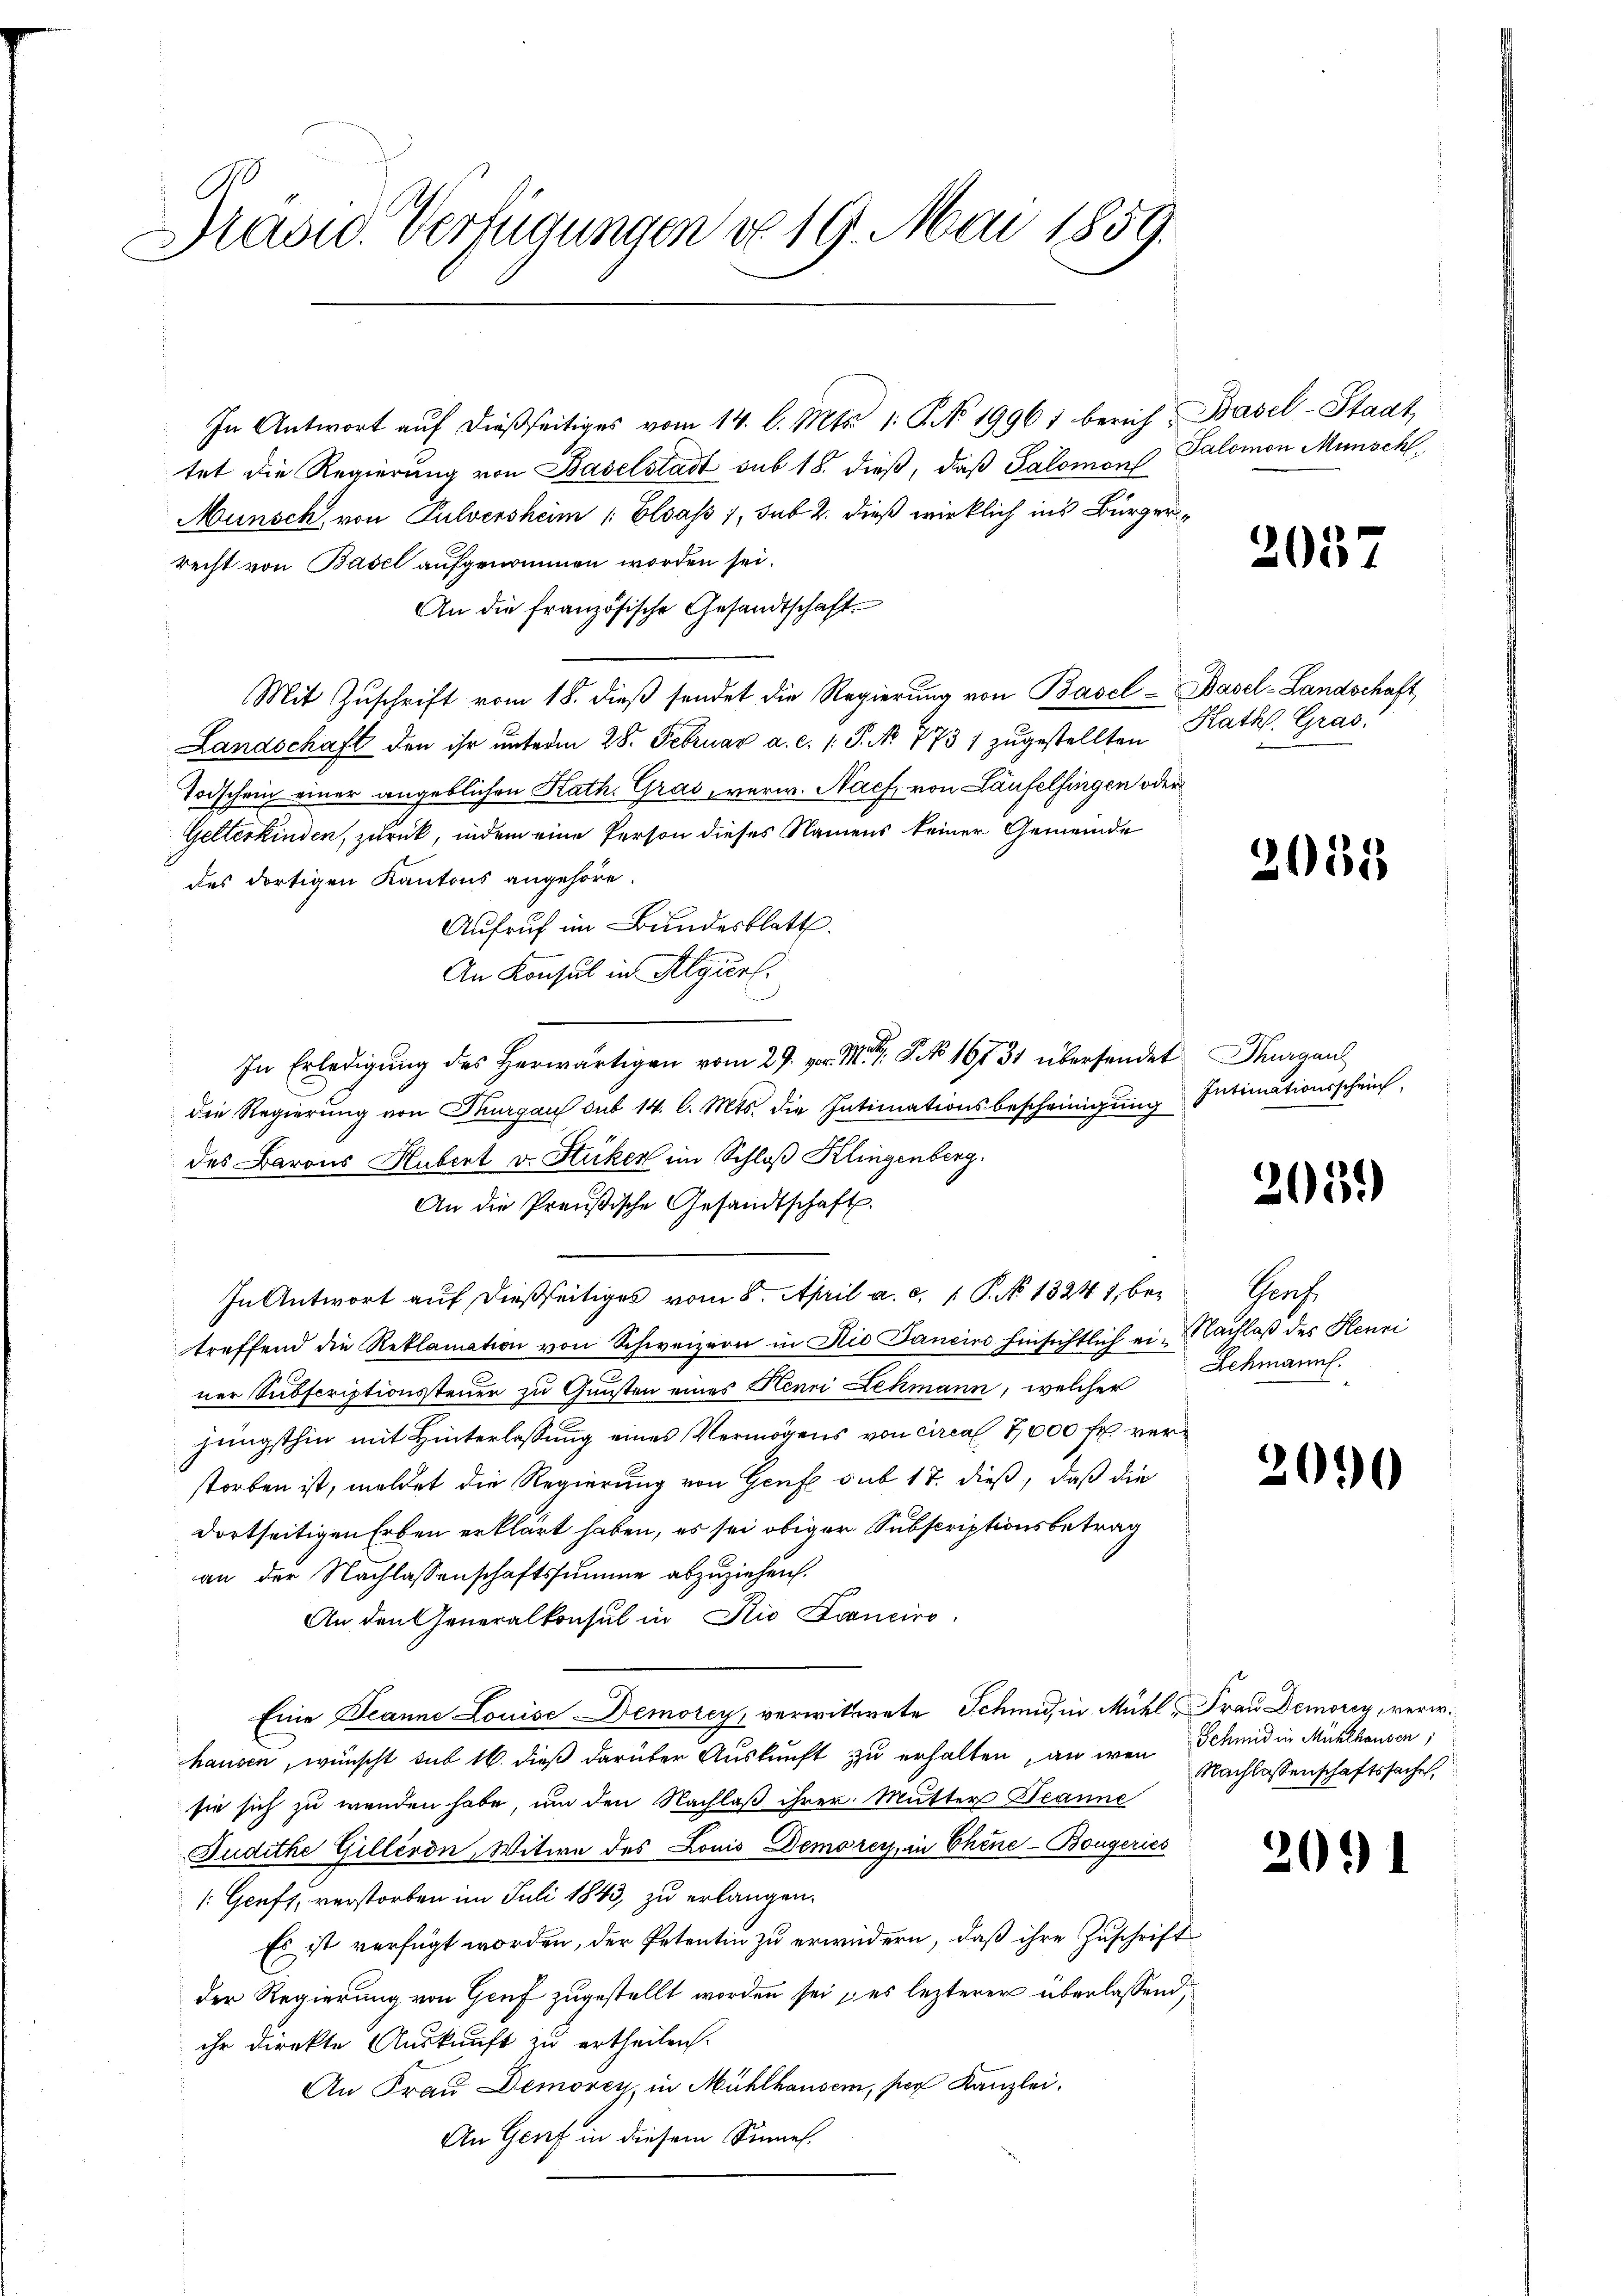
Brasid. Verfügungen No 19. Mai 1859.

In Antwort aŭf dießseitiges vom 14. l. Mts. 1. P. No 19961 berich-Basel-Stadt,
tet die Regierung von Baselstadt sub 18. dieß, daß Salomon Salomon Münschl
Munsch von Pulversheim Elsass, sub 2. dieß wirklich ins Bürgerrecht von Basel aufgenommen worden sei.
An die französische Gesandtschaft
Mit Zuschrift vom 18. dieß sendet die Regierung von Basel - Basel-Landschaft
Landschaft den ihr ŭnterm 28. Februar a. c. 1 S. No. 773 1 zŭgestellten Kath. Gras¬
Todschein einer angeblichen Kath. Gras, verw. Nach, von Laufelfingen oder
Gelterkinden, zurück, indem eine Person dieses Namens keiner Gemeinde
des dortigen Kantons angehöre.
Aufruf im Bundesblatt.
An Konsul in Algurl.
In Erledigung des Herwärtigen vom 27. v. M. G. P. No 16731 übersendet Thurgau
die Regierung von Thurgau sub 14. l. Mts. die Intimationsbescheinigung
des Barons Hubert v. Stücker im Schloß Klingenberg.
An die Preußische Gesandtschaft.
In Antwort auf dießseitiges vom 8. April a. c. 1 P. N. 13247, be- Genf
treffend die Reklamation von Schweizern in die Janeins hinsichtlich ei Nachlaß des Henri
ner Subscriptionssteuer zu Gunsten eines Herr Lehmann, welcher
jüngsthin mit Hinterlassung eines Vermögens von circa 7000 fl. verstorben ist, meldet die Regierung von Genfe sub 17. dieß, daß die
dortseitigen Erben erklärt haben, es sei obiger Subscriptionsbetrag
an der Nachlassenschaftssumme abzuziehen.
An den Generalkonsul in Rio Franciro
Eine Deanne Louise Demorey, verwittwete Schmid, in Mühl Frau Demorey, verw.
hausen, wünscht sub 16. dieß darüber Auskunft zu erhalten, an wenn
sie sich zu wenden habe, um den Nachlaß ihrer Mutter Beanne
Judithe Gillérdn, Witwe des Louis Demorey, in Chine-Bongeries
1: Gruft, verstorben im Juli 1843, zu erlangen.
Es ist verfügt worden, der Petentin zu erwidern, daß ihre Zuschrift
der Regierung von Genf zugestellt worden sei, es lezterer überlassend,
ihr direkte Auskunft zu ertheilen.
An Frau Demovey, in Mühlhausern, per Kanzlei-
An Genf in diesem Sinnes.

2057

2053

Intimationsschein

205.

Schmann.

200

Schmid in Mühlhausen,
Nachlassenschaftssache,

20.